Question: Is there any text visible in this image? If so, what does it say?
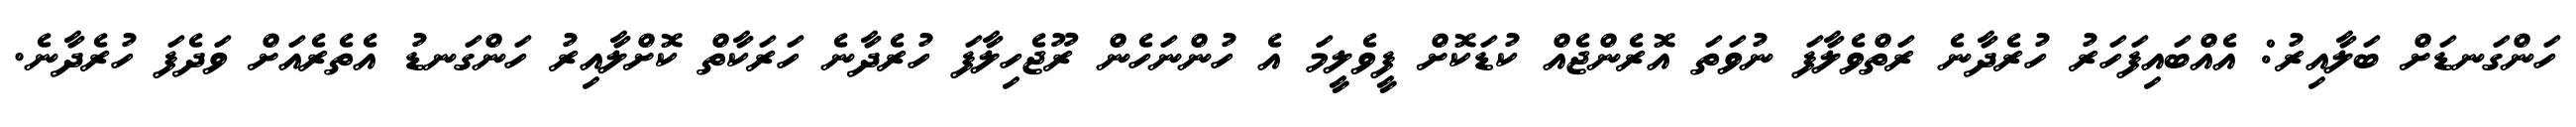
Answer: ހަންގަނޑަށް ބަލާއިރު: އެއްބައިފަހަރު ހުރެދާނެ ރަތްވެލާފަ ނުވަތަ އޮރެންޖެއް ކުޑަކޮށް ފީވެލީމަ އެ ހުންނަހެން ރޫޖެހިލާފަ ހުރެދާނެ ހަރަކާތް ކޮށްލާއިރު ހަންގަނޑު އެތެރެއަށް ވަދެފަ ހުރެދާނެ.